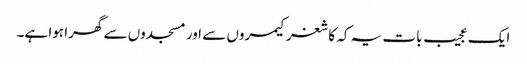
ایک عجیب بات یہ کہ کاشغر کیمروں سے اور مسجدوں سے گھرا ہوا ہے۔